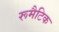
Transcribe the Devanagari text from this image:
रूमैटिक